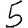
Digit: 5